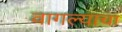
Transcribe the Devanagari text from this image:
वागल्याचा